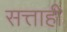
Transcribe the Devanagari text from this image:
सत्ताही